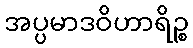
အပ္ပမာဒဝိဟာရိဉ္စ